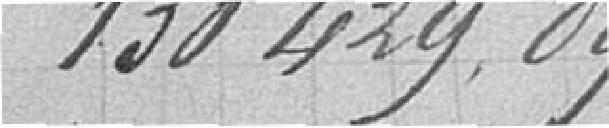
130 429.09